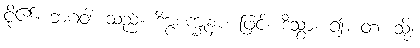
ငို၏။ ဘဂဝါ၊ သည်။ ဒိဗ္ဗစက္ခုနာ၊ ဖြင့်။ ဒိသွာ၊ ၍။ တံ၊ သို့။